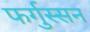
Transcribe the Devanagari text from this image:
फर्गुस्सन